Annual administration and progress report of the Indian Medical Department, Bombay
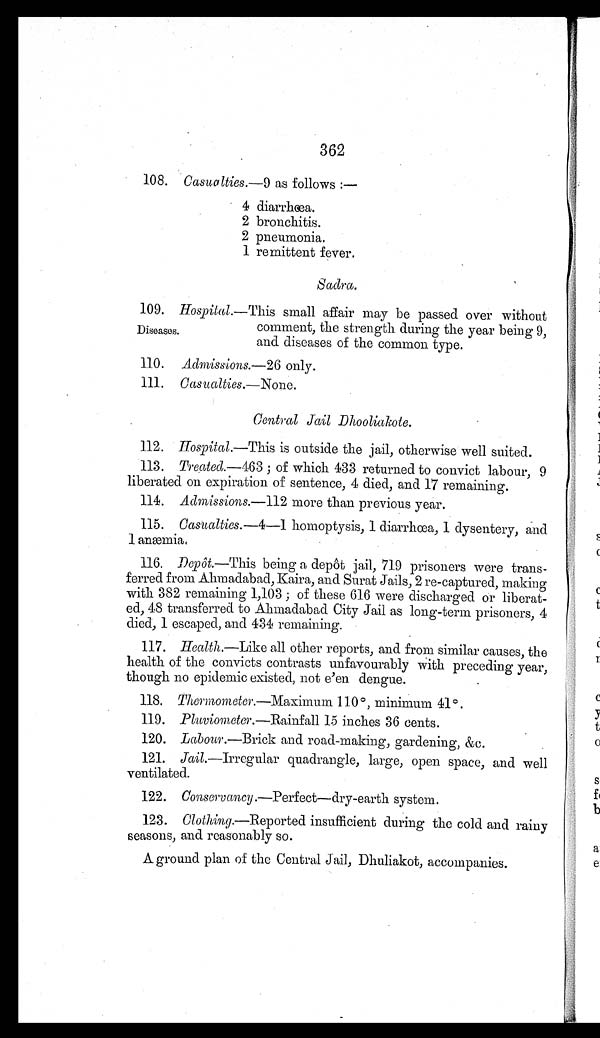
362
108. Casualties.— 9 as follows:
— 4 diarrhœa.
2 bronchitis.
2 pneumonia.
1 remittent fever.
Sadra.
109. Hospital.— This small affair may be passed over without
comment, the strength during the year being 9,
and diseases of the common type.
110.
Admissions.— 26 only.
111.
Casualties.— None.
Central Jail Dhooliakote.
1 1 2 .H
o s p i t a l . —T
h i si
s o u t s i d e t h e j a i l , o t h e r w i s e w e l l s u i t e d .
113.
Treated.— 463; of which 433 returned to convict labour, 9
liberated on expiration of sentence, 4 died, and 17 remaining.
114.
Admissions.— 112 more than previous year.
115.
Casualties.— 4—1
homoptysis, 1 diarrhœa, 1 dysentery, and
1 anæmia.
116.
Depôt .—This being a depôt jail, 719 prisoners were trans--
ferred from Ahmadabad, Kaira, and Surat Jails, 2 re-captured, making
with 382 remaining 1,103; of these 616 were discharged or liberat--
ed, 48 transferred to Ahmadabad City Jail as long-term prisoners, 4
died, 1 escaped, and 434 remaining.
117.
Health .—Like all other reports, and from similar causes, the
health of the convicts contrasts unfavourably with preceding year,
though no epidemic existed, not e'en dengue.
118.
Thermometer .—Maxi mum 110°, minimum 41°.
119.
Pluviometer .—Rainfall 15 inches 36 cents.
120.
Labour. —Brick and road-making, gardening, &c.
121.
Jail .—Irregular quadrangle, large, open space, and well
ventilated.
122.
Conservancy.—Perfect — dry-earth system.
123.
Clothing. —Reported insufficient during the cold and rainy
seasons, and reasonably so.
A ground plan of the Central Jail, Dhuliakot, accompanies.
Diseases.